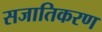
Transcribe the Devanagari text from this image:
सजातिकरण